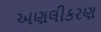
અણલીકરણ